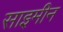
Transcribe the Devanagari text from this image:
साइमीन